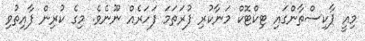
މިއީ ޕާކިސްތާންގައި ޓިކްޓޮކް މަނާކުރި ފުރަތަމަ ފަހަރެއް ނޫނެވެ. މިގެ ކުރިން ފާއިތުވި